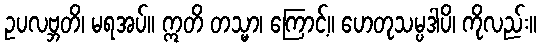
ဥပလဗ္ဘတိ၊ မရအပ်။ ဣတိ တသ္မာ၊ ကြောင့်။ ဟေတုသမ္ပဒါပိ၊ ကိုလည်း။